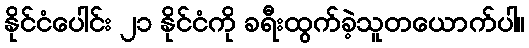
နိုင်ငံပေါင်း ၂၁ နိုင်ငံကို ခရီးထွက်ခဲ့သူတယောက်ပါ။